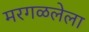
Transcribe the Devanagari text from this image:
मरगळलेला